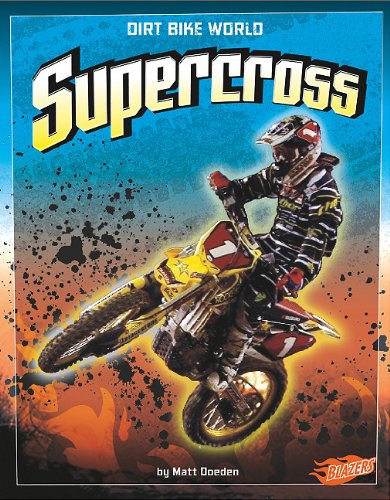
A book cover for Supercross (Dirt Bike World); Matt Doeden; Sports & Outdoors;